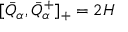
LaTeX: [ \bar { Q } _ { \alpha } , \bar { Q } _ { \alpha } ^ { + } ] _ { + } = 2 H